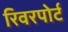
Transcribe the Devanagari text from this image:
रिवरपोर्ट